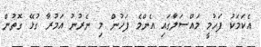
އެކަމަކު ފަހުމީ މައްސަލާގައި އެންމެ ފަހުން މި ނެރުނު އަމުރާ ގުޅޭ ގޮތުން